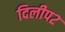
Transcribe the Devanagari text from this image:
दिलीप२